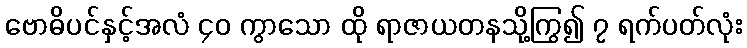
ဗောဓိပင်နှင့်အလံ ၄၀ ကွာသော ထို ရာဇာယတနသို့ကြွ၍ ၇ ရက်ပတ်လုံး